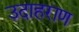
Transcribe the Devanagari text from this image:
उदाहराण